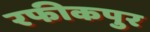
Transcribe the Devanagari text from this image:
रफीकपुर